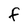
Character: f